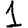
Digit: 1